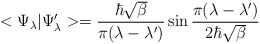
\begin{align*}< \Psi_\lambda \vert \Psi_\lambda^{\prime} > = \frac{\hbar \sqrt{\beta}}{ \pi (\lambda - \lambda^{\prime})} \sin{\frac{ \pi (\lambda - \lambda^{\prime})} {2 \hbar \sqrt{\beta}}}\end{align*}